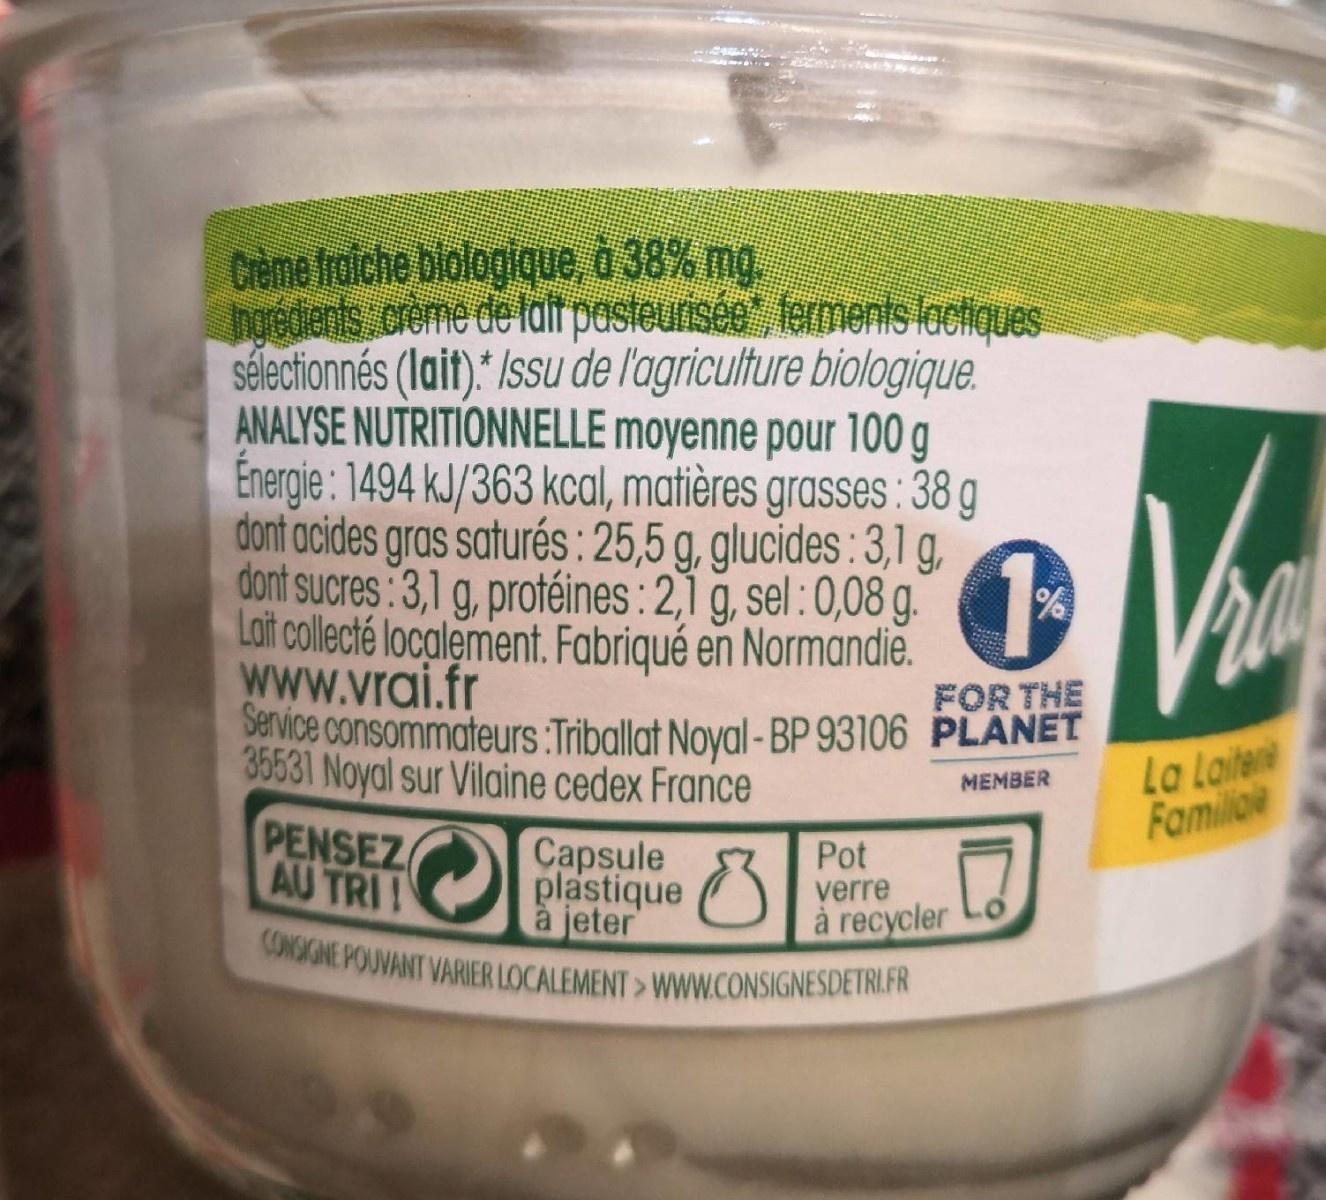
Crème fraiche blologique, à 38% mg. hoedents creme de ldit pasteurisée, ferments lactiques sélectionnés (lait)* /ssu de l'agriculture biologique. ANALYSE NUTRITIONNELLE moyenne pour 100 g Énergie : 1494 kJ/363 kcal, matières grasses : 38 g dont acides gras saturés :25,5 g, glucides : 3,1 g, dont sucres:3,1 g, protéines:2,1 g, sel :0,08 g. Loit collecté localement. Fabriqué en Normandie. www.vrai.fr Sevice consommateurs :Triballat Noyal - BP 93106 PLANET 35531 Noyal sur Vilaine cedex France PENSEZ AU TRI! FOR THE La Laite Familioe MEMBER Capsule plastique à jeter CONSIGNE POUVANT VARIER LOCALEMENT> WWW.CONSIGNESDETRI.FR Pot verre à recycler